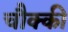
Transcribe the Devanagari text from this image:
चौक्की